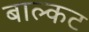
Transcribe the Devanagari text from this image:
बाल्कट